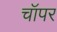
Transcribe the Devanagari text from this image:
चॉपर